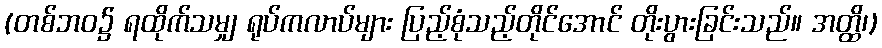
(တစ်ဘဝ၌ ရထိုက်သမျှ ရုပ်ကလာပ်များ ပြည့်စုံသည့်တိုင်အောင် တိုးပွားခြင်းသည်။ အတ္ထိ၊)